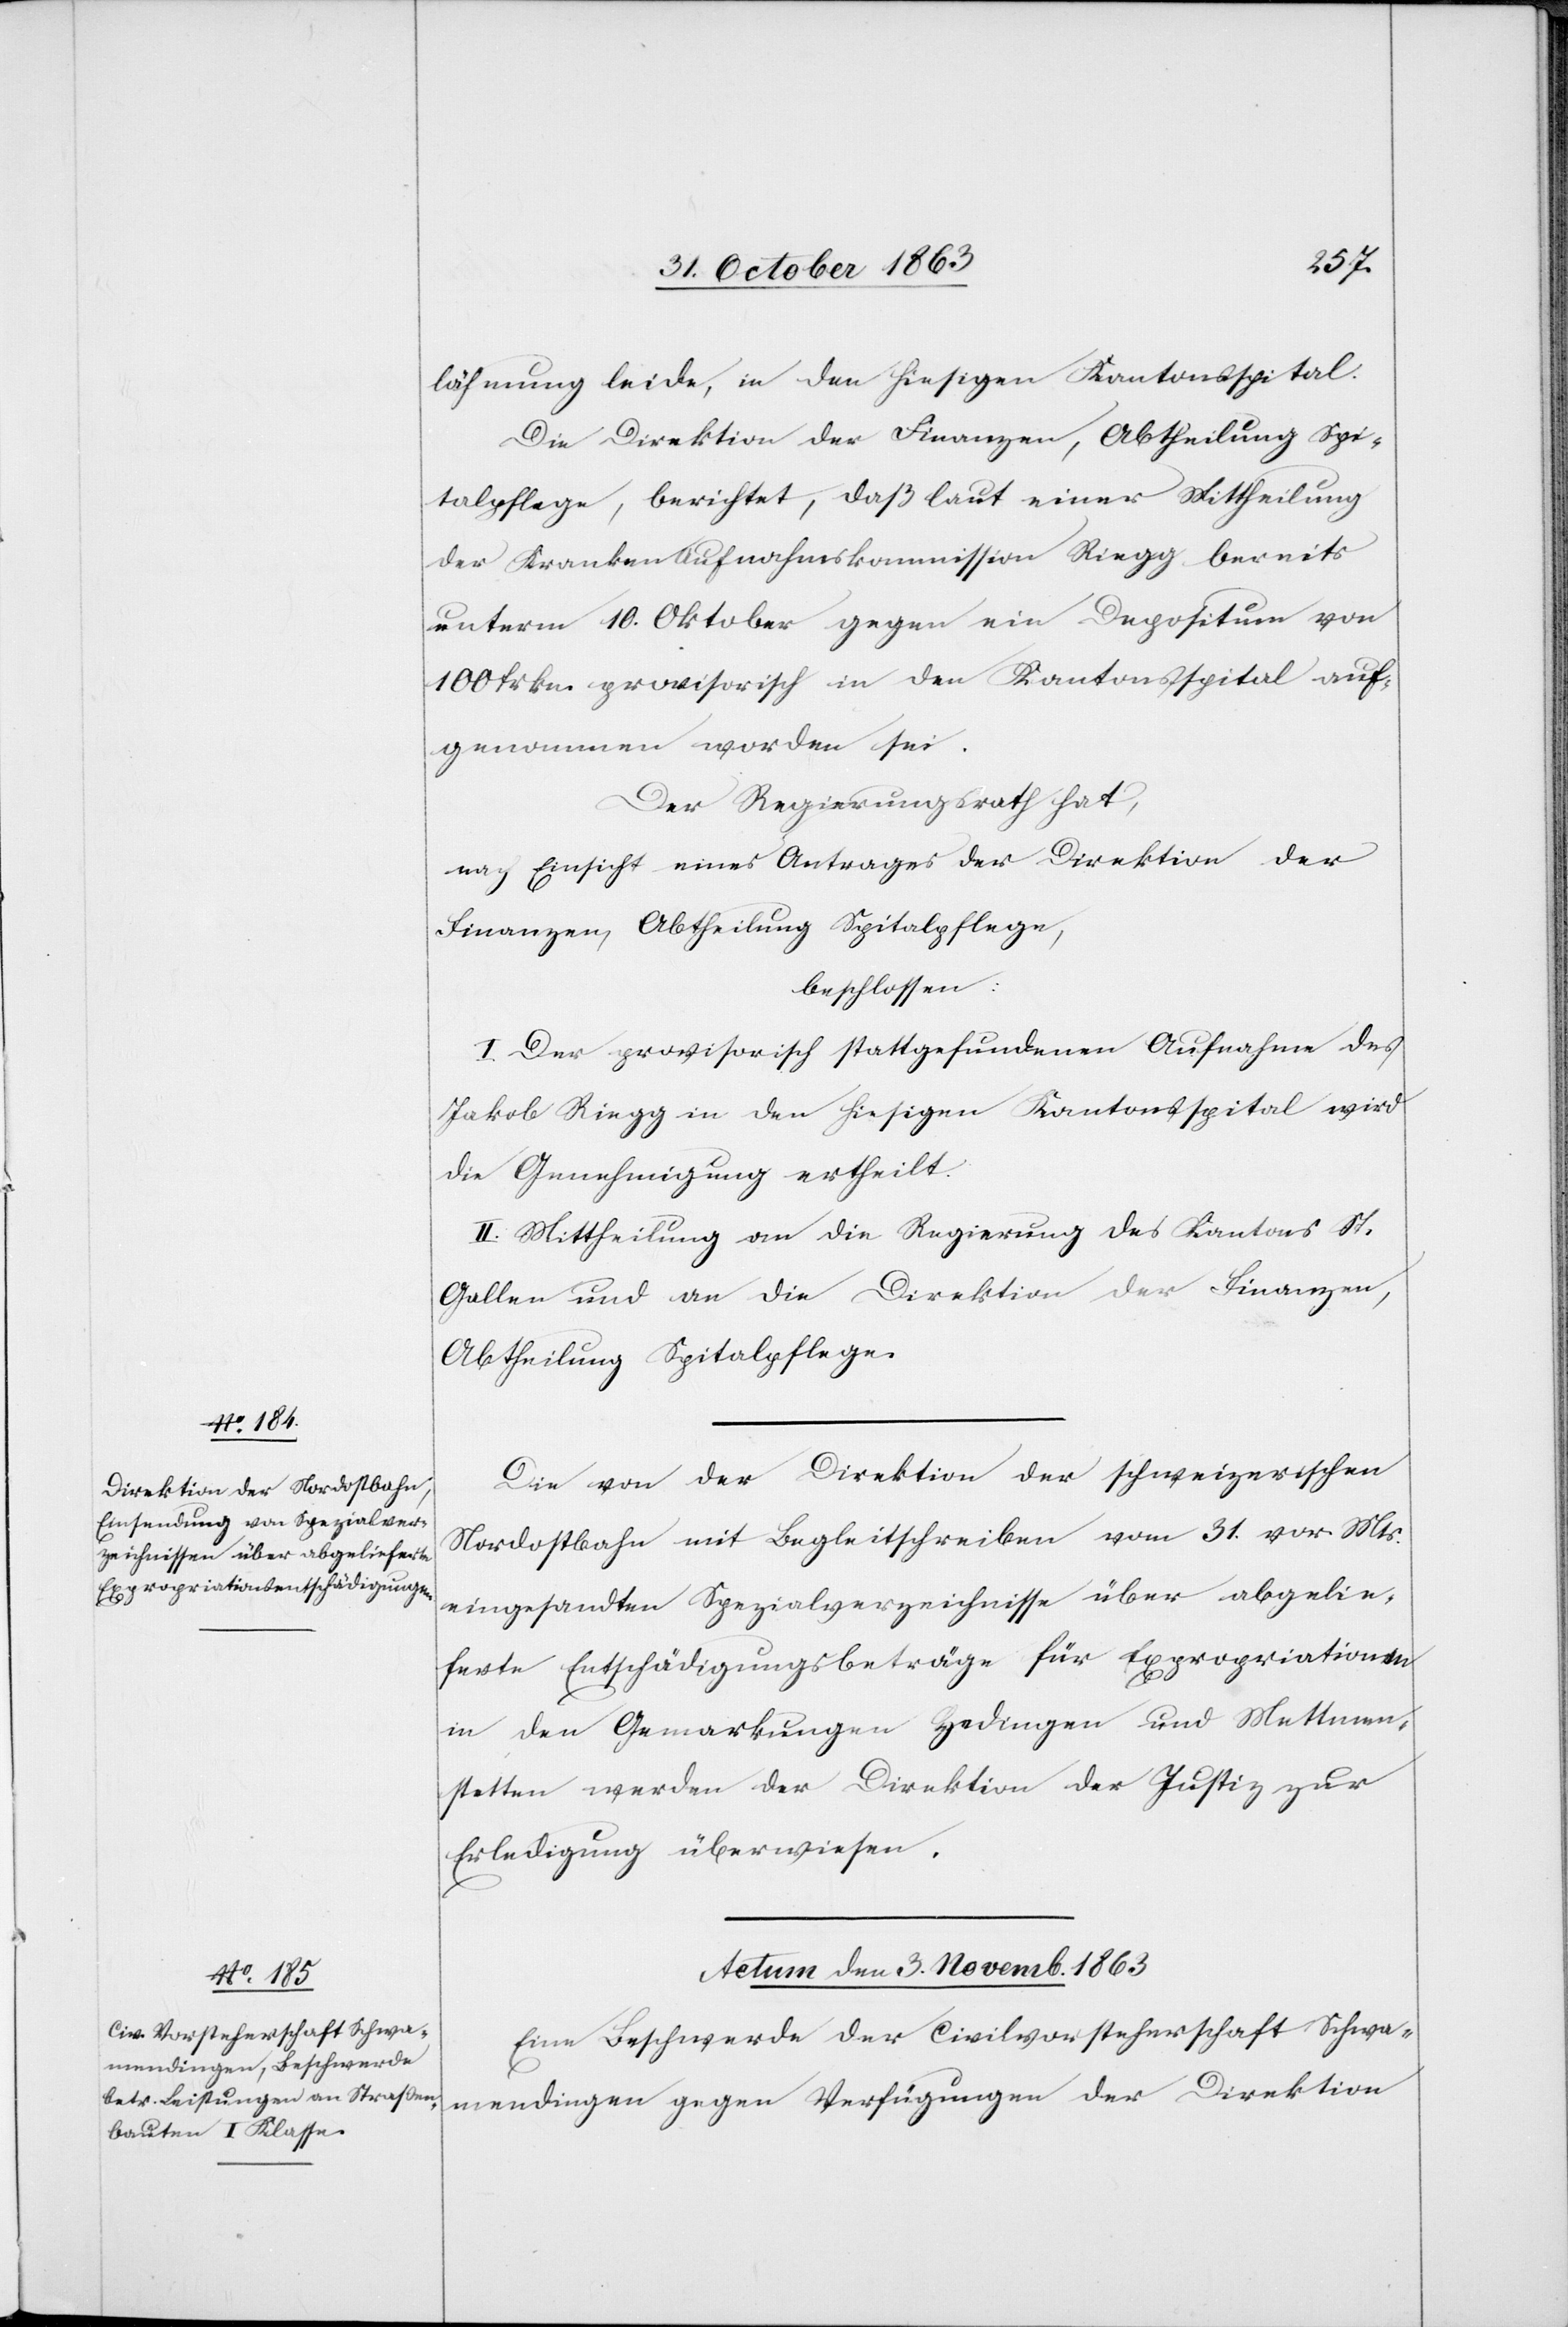
lähmung leide, in den hiesigen Kantonsspital.
Die Direktion der Finanzen, Abtheilung Spi¬
talpflege, berichtet, daß laut einer Mittheilung
der Kranken[-]Aufnahmskommission Riegg bereits
unterm 10. Oktober gegen ein Depositum von
100 Frkn. provisorisch in den Kantonsspital auf¬
genommen worden sei.
Der Regierungsrath hat,
nach Einsicht eines Antrages der Direktion der
Finanzen, Abtheilung Spitalpflege,
beschlossen:
I. Der provisorisch stattgefundenen Aufnahme des
Jakob Riegg in den hiesigen Kantonsspital wird
die Genehmigung ertheilt.
II. Mittheilung an die Regierung des Kantons St.
Gallen und an die Direktion der Finanzen,
Abtheilung Spitalpflege.
Die von der Direktion der schweizerischen
Nordostbahn mit Begleitschreiben vom 31. vor. Mts.
eingesandten Spezialverzeichnisse über abgelie¬
ferte Entschädigungsbeträge für Expropriationen
in den Gemarkungen Hedingen und Mettmen¬
stetten werden der Direktion der Justiz zur
Erledigung überwiesen.
Actum den 3. Novemb. 1863.
Eine Beschwerde der Civilvorsteherschaft Schwa¬
mendingen gegen Verfügungen der Direktion